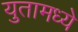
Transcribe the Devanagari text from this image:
युतामध्ये